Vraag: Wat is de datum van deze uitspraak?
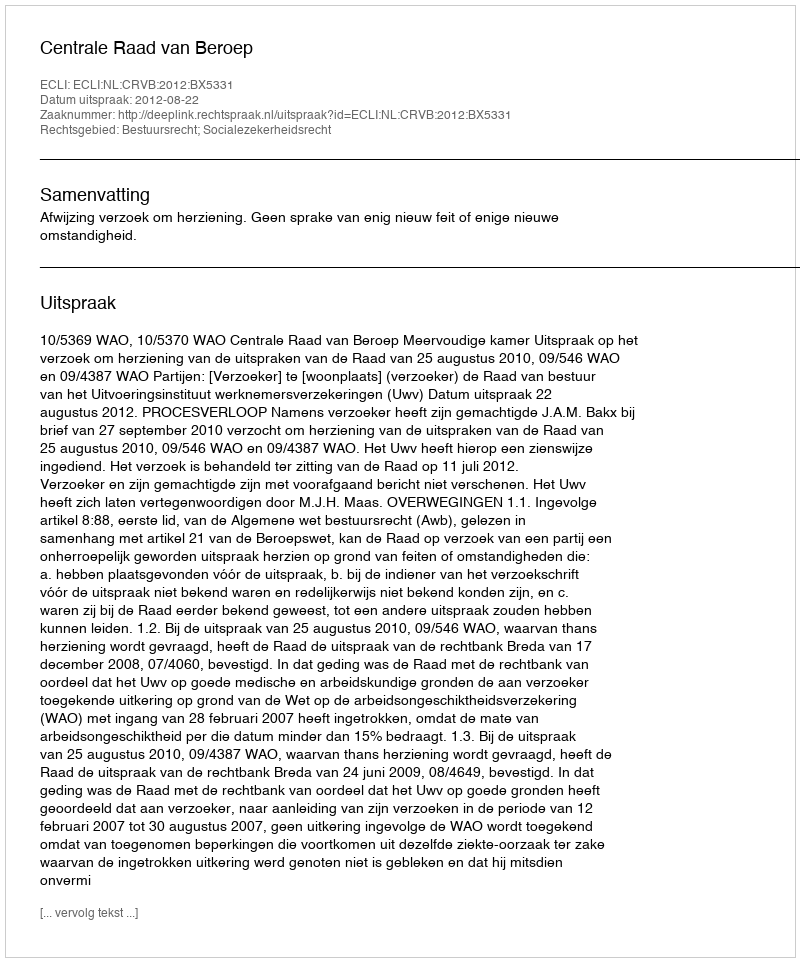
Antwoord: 2012-08-22